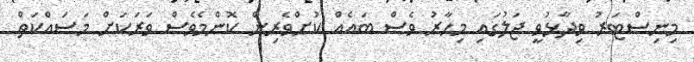
މިނިސްޓަރު ވިދާޅުވީ ޖަލުގައި މިހާރު ވެސް ބައެއް ކުށްވެރިން ކޮންމެވެސް ވަރަކަށް މަސައްކަތް